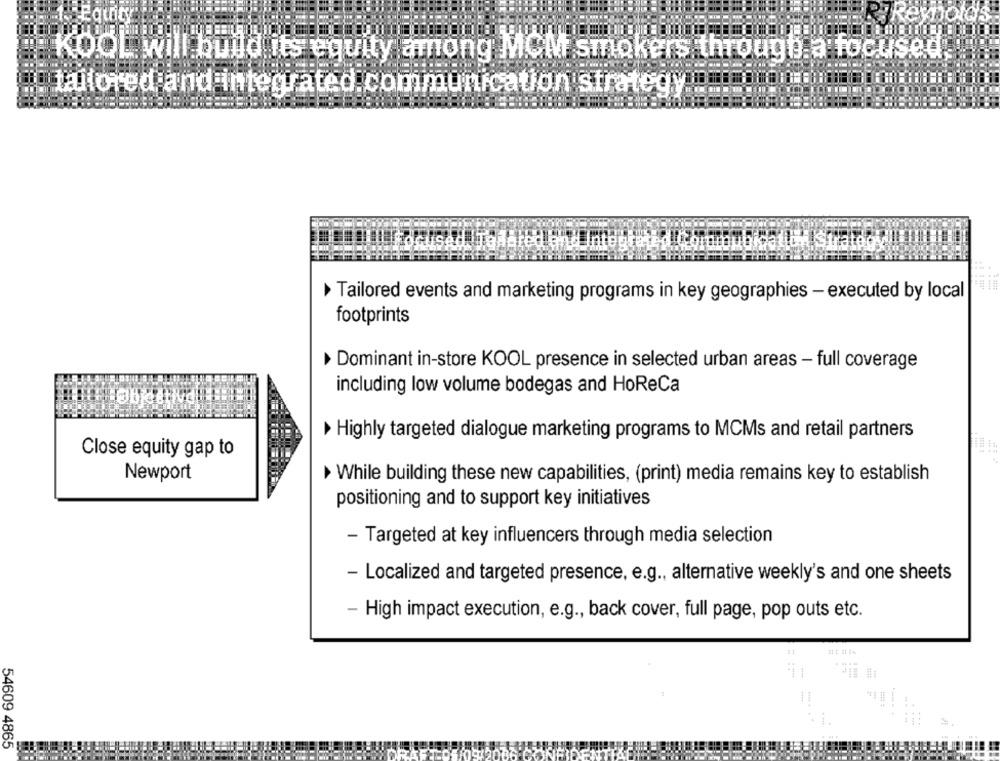
Equity
KOOL WI
build its equity among MCM smokers through a focused.
tutored and integrated.communication strategy ...
Tailored events and marketing programs in key geographies - executed by local
footprints
Dominant in-store KOOL presence in selected urban areas - full coverage
including low volume bodegas and HoReCa
Highly targeted dialogue marketing programs to MCMs and retail partners
Close equity gap to
Newport
While building these new capabilities, (print) media remains key to establish
positioning and to support key initiatives
- Targeted at key influencers through media selection
- Localized and targeted presence, e.g ., alternative weekly's and one sheets
- High impact execution, e.g ., back cover, full page, pop outs etc.
...
54609 4865